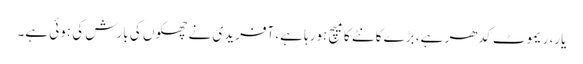
یار، ریموٹ کدھر ہے، بڑے کانٹے کا میچ ہورہا ہے، آفریدی نے چھکوں کی بارش کی ہوئی ہے۔